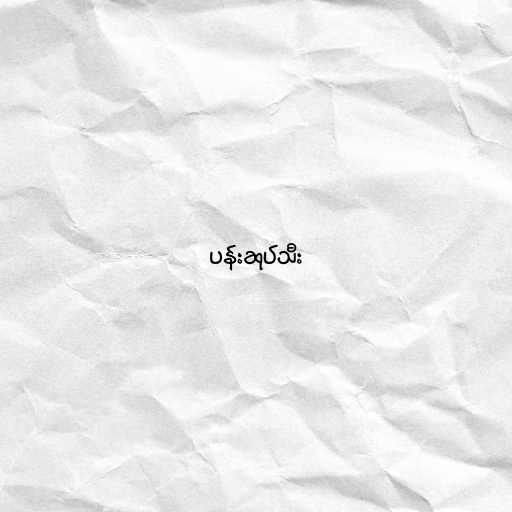
ပန်းဆုပ်သီး